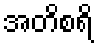
အတိစရိ